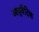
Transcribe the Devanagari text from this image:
आयुर्वॆदिक